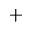
+